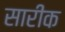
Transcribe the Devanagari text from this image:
सारीक